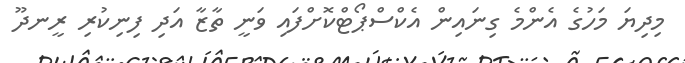
މިދިޔަ މަހުގެ އެންމެ ގިނައިން އެކްސްޕޯޓްކޮށްފައި ވަނީ ތާޒާ އަދި ފިނިކުރި ރީނދޫ